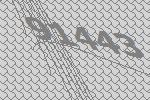
91443